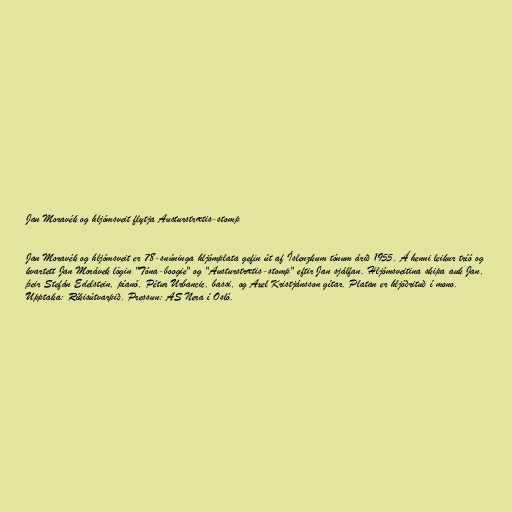
Jan Moravék og hljómsveit flytja Austurstrætis-stomp

Jan Moravék og hljómsveit er 78-snúninga hljómplata gefin út af Íslenzkum tónum árið 1955. Á henni leikur tríó og
kvartett Jan Morávek lögin "Tóna-boogie" og "Austurstrætis-stomp" eftir Jan sjálfan. Hljómsveitina skipa auk Jan,
þeir Stefán Edelstein, píanó, Pétur Urbancic, bassi, og Axel Kristjánsson gítar. Platan er hljóðrituð í mono.
Upptaka: Ríkisútvarpið. Pressun: AS Nera í Osló.